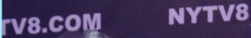
TV8.COM NYTV8